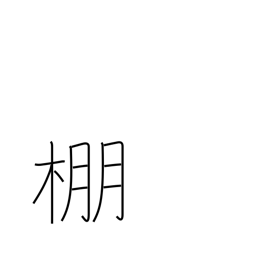
Meaning: trellis